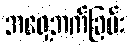
အရှေ့ဘက်ခြမ်း